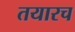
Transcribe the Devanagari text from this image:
तयारच